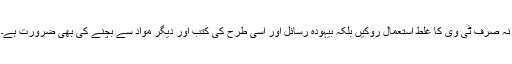
نہ صرف ٹی وی کا غلط استعمال روکیں بلکہ بیہودہ رسائل اور اسی طرح کی کتب اور دیگر مواد سے بچنے کی بھی ضرورت ہے۔